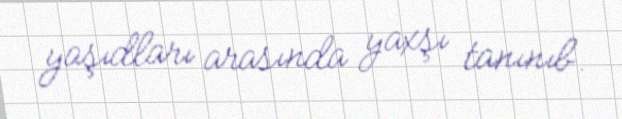
yaşıdları arasında yaxşı tanınıb.